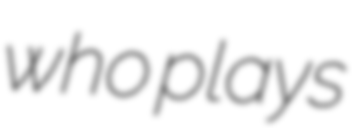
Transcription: who plays